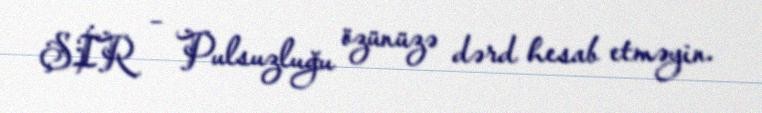
ŞİR – Pulsuzluğu özünüzə dərd hesab etməyin.